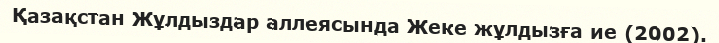
Қазақстан Жұлдыздар аллеясында Жеке жұлдызға ие (2002).